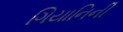
ગિયાનિની